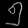
Digit: ၅